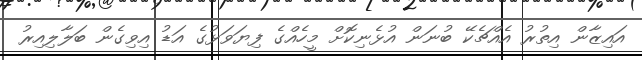
އައިޒާން އިތުރު އެއްޗެކޭ ބުނަން އުޅެނިކޮށް މީހެއްގެ ފިޔަވަޅުގެ އަޑު އިވިގެން ބަލާލިއިރު